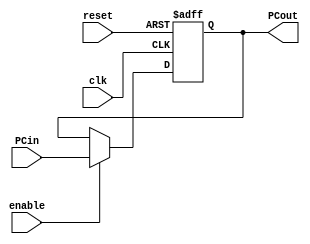

module PC #(

      parameter N = 32
)
(
		input enable , clk, reset,
		input [N-1:0] PCin,
		output reg [N-1:0] PCout
);


always @(posedge clk or negedge reset) begin
		
		if(!reset)begin	
			PCout <= 32'h400_000;
		end
		
		else if(enable) begin
			PCout <= PCin; 
		end


end 

endmodule